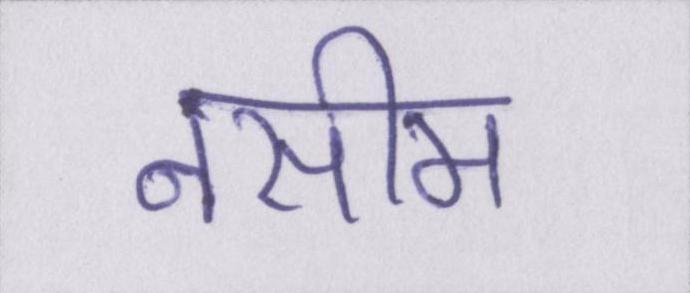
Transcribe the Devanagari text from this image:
नसीम